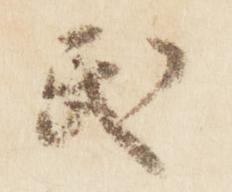
民